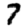
Digit: 7